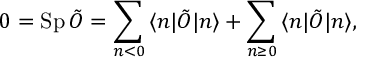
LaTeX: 0 = \mathrm { S p } \, \tilde { O } = \sum _ { n < 0 } \, \langle n | \tilde { O } | n \rangle + \sum _ { n \ge 0 } \, \langle n | \tilde { O } | n \rangle ,